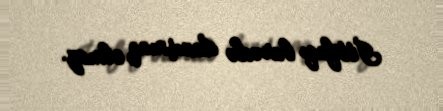
İttifaqı barədə danışmaq olmaz.